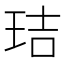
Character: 𤥐